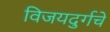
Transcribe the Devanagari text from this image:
विजयदुर्गचे